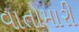
વાતોમારી